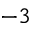
^ { - 3 }